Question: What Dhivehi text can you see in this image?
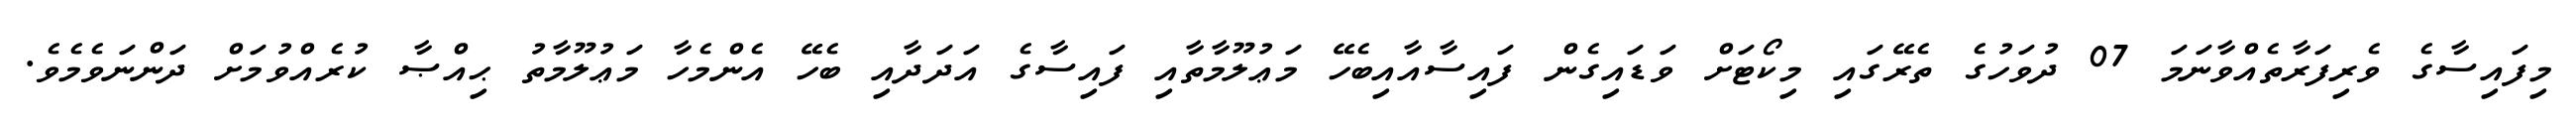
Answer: މިފައިސާގެ ވެރިފަރާތެއްވާނަމަ 07 ދުވަހުގެ ތެރޭގައި މިކޯޓަށް ވަޑައިގެން ފައިސާއާއިބެހޭ މަޢުލޫމާތާއި ފައިސާގެ އަދަދާއި ބެހޭ އެންމެހާ މަޢުލޫމާތު ޙިއްޞާ ކުރެއްވުމަށް ދަންނަވެމެވެ.